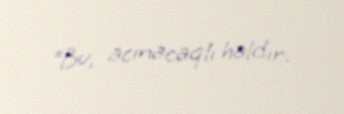
“Bu, acınacaqlı haldır.